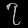
Digit: ၇